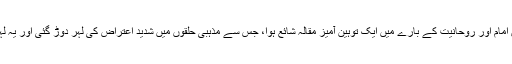
7 جنوری 1978ء میں روزنامہ اطلاعات میں امام اور روحانیت کے بارے میں ایک توہین آمیز مقالہ شائع ہوا، جس سے مذہبی حلقوں میں شدید اعتراض کی لہر دوڑ گئی اور یہ لہر 9 جنوری 1978ء کے قیام کا موجب ہوئی۔